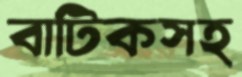
বাটিকসহ